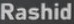
Rashid